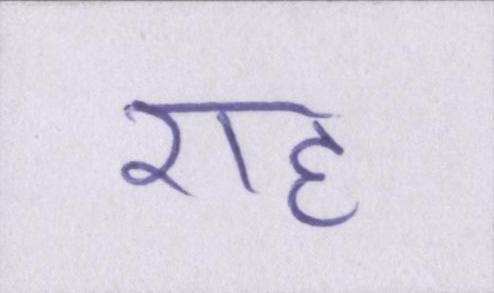
राह